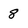
Character: 8